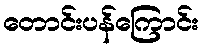
တောင်းပန်ကြောင်း